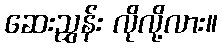
ဆေးညွှန်း လိုလို့လား။